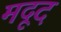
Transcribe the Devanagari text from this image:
मदूद